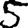
Digit: 5